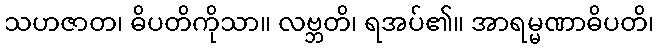
သဟဇာတ၊ ဓိပတိကိုသာ။ လဗ္ဘတိ၊ ရအပ်၏။ အာရမ္မဏာဓိပတိ၊